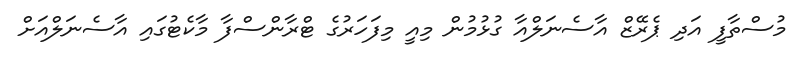
މުސްތާފީ އަދި ޕެރޭޒް އާސެނަލްއާ ގުޅުމުން މިއީ މިފަހަރުގެ ޓްރާންސްފާ މާކެޓުގައި އާސެނަލްއަށް